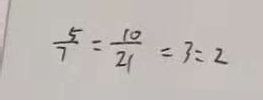
\frac { 5 } { 7 } : \frac { 1 0 } { 2 1 } = 3 : 2